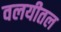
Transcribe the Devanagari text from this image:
वलयीतल